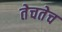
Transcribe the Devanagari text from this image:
तेचतेच